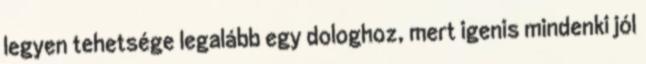
legyen tehetsége legalább egy dologhoz, mert igenis mindenki jól